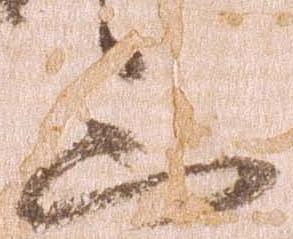
三